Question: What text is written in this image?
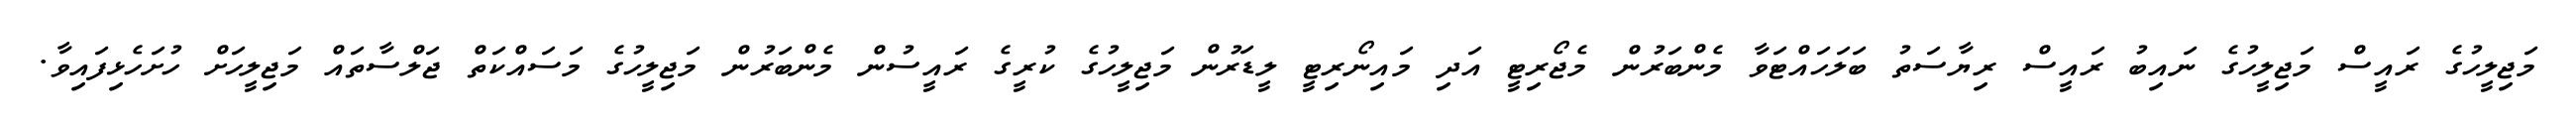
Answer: މަޖިލީހުގެ ރައީސް މަޖިލީހުގެ ނައިބު ރައީސް ރިޔާސަތު ބަލަހައްޓަވާ މެންބަރުން މެޖޯރިޓީ އަދި މައިނޯރިޓީ ލީޑަރުން މަޖިލީހުގެ ކުރީގެ ރައީސުން މެންބަރުން މަޖިލީހުގެ މަސައްކަތް ޖަލްސާތައް މަޖިލީހަށް ހުށަހެޅިފައިވާ.